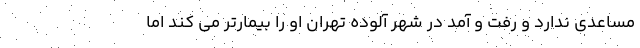
مساعدی ندارد و رفت و آمد در شهر آلوده تهران او را بیمارتر می کند اما